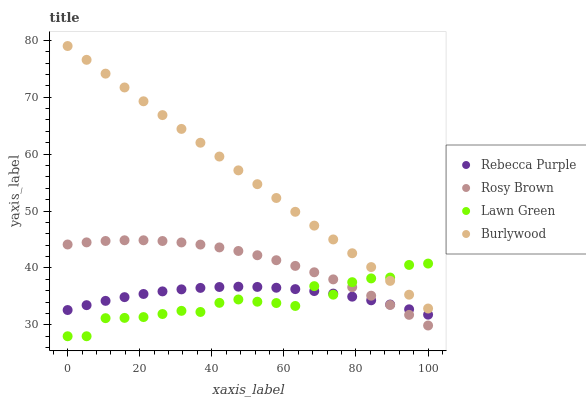
| xaxis_label | Rebecca Purple | Rosy Brown | Lawn Green | Burlywood |
 | --- | --- | --- | --- | --- |
 | 0 | 32.6 | 44.1 | 28 | 79 |
 | 5.26 | 33.5 | 44.5 | 28 | 76.6 |
 | 10.5 | 34.2 | 44.7 | 31.2 | 74.1 |
 | 15.8 | 34.9 | 44.9 | 31.2 | 71.7 |
 | 21.1 | 35.4 | 44.9 | 31.4 | 69.3 |
 | 26.3 | 35.9 | 44.7 | 31.9 | 66.9 |
 | 31.6 | 36.2 | 44.5 | 32.5 | 64.4 |
 | 36.8 | 36.5 | 44.1 | 32.3 | 62 |
 | 42.1 | 36.7 | 43.6 | 33.9 | 59.6 |
 | 47.4 | 36.7 | 43 | 34.5 | 57.2 |
 | 52.6 | 36.7 | 42.2 | 34.1 | 54.7 |
 | 57.9 | 36.5 | 41.4 | 33.8 | 52.3 |
 | 63.2 | 36.3 | 40.4 | 33.3 | 49.9 |
 | 68.4 | 35.9 | 39.2 | 36.8 | 47.4 |
 | 73.7 | 35.5 | 38 | 35.3 | 45 |
 | 78.9 | 35 | 36.6 | 37.5 | 42.6 |
 | 84.2 | 34.3 | 35.1 | 38.2 | 40.2 |
 | 89.5 | 33.6 | 33.5 | 38.3 | 37.7 |
 | 94.7 | 32.7 | 31.8 | 40.5 | 35.3 |
 | 100 | 31.8 | 29.9 | 40.8 | 32.9 |